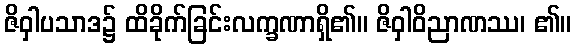
ဇိဝှါပသာဒ၌ ထိခိုက်ခြင်းလက္ခဏာရှိ၏။ ဇိဝှါဝိညာဏဿ၊ ၏။